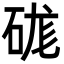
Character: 硥